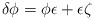
\begin{align*}\delta \phi = \phi \epsilon + \epsilon \zeta\end{align*}